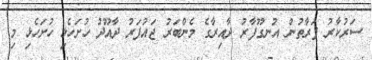
ސަރުކާރު ފަރާތުން އުނގޫފާރު ދާއިރާގެ މެންބަރު ޖައުފަރު ދާއޫދު ހުށަހެޅި ހުށަހެޅި މި